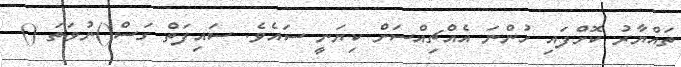
ތައްޔާރު ކޮށްފައި ހުންނަ އެއްޗިއްސަށް ކިޔަނީ ސައެވެ. ސައިފަތް ގަސް()ނުވަތަ ()